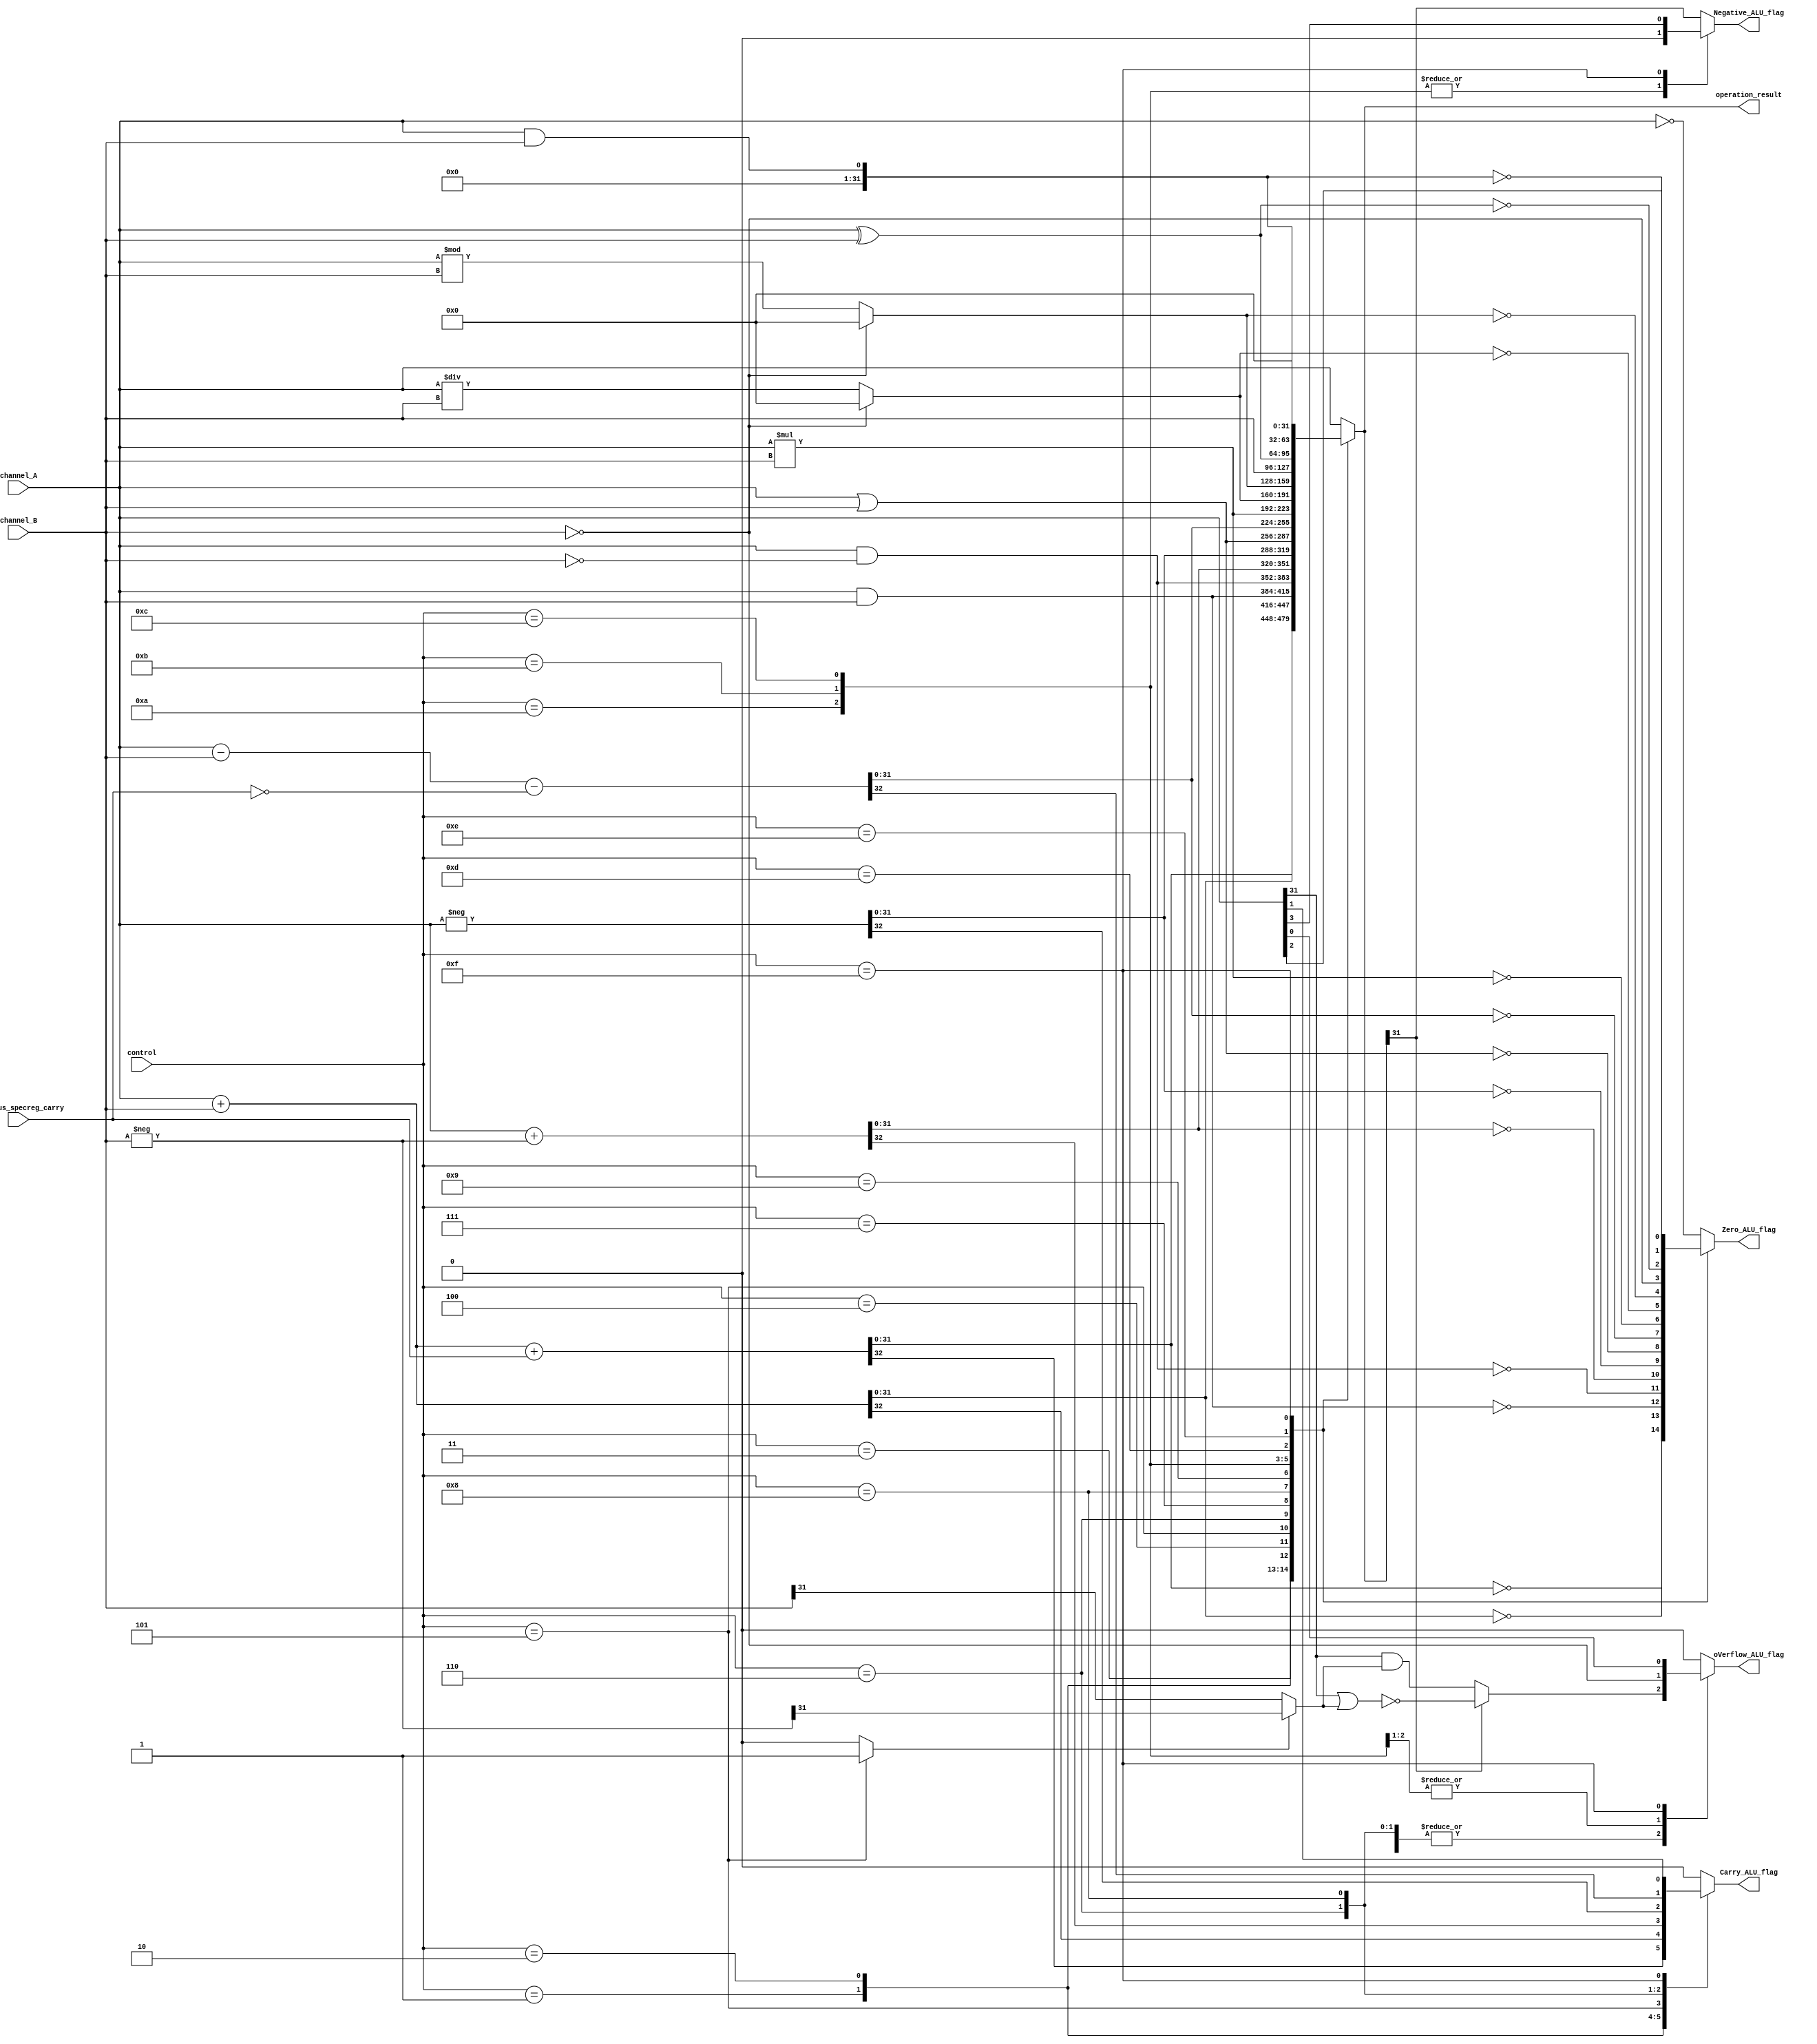
module ALU
#(
    parameter DATA_WIDTH = 32
)(
    input [DATA_WIDTH - 1:0] channel_A, channel_B,
    output reg [DATA_WIDTH - 1:0] operation_result,
    input [3:0] control,
    input previous_specreg_carry,
    output reg Negative_ALU_flag, Zero_ALU_flag, 
    output reg Carry_ALU_flag, oVerflow_ALU_flag
);
    // Declaration section
    wire [DATA_WIDTH - 1:0] channel_B_negative;
    wire most_significant_bit, local_overflow, channel_A_msb, channel_B_msb;
    reg use_negative_B;


    // OVERFLOW Flag calculation    
    assign most_significant_bit = operation_result[DATA_WIDTH - 1];
    assign channel_A_msb = channel_A[DATA_WIDTH -1];
    assign channel_B_negative = - channel_B;
    assign channel_B_msb = use_negative_B ? channel_B_negative[DATA_WIDTH - 1] :
                                            channel_B[DATA_WIDTH -1];
    assign local_overflow =   most_significant_bit ?    !(channel_A_msb || channel_B_msb) :
                                                        channel_A_msb && channel_B_msb;

    // ALU Implementation
    always @ ( * ) begin

        // Default values that might be overriden
        Negative_ALU_flag = 0;
        Carry_ALU_flag = 0;
        oVerflow_ALU_flag = 0;

        use_negative_B = 0;
        operation_result = 0;

        // Controlled operations
        case (control)
            1:  // ADD + previous_specreg_carry
            begin 
                {Carry_ALU_flag, operation_result} =  channel_A + channel_B + previous_specreg_carry;
                oVerflow_ALU_flag = local_overflow;
                Negative_ALU_flag =  most_significant_bit;
                Zero_ALU_flag = (operation_result == 0);
            end

            2:  // ADD
            begin 
                {Carry_ALU_flag, operation_result} =  channel_A + channel_B;
                oVerflow_ALU_flag = local_overflow;
                Negative_ALU_flag =  most_significant_bit;
                Zero_ALU_flag = (operation_result == 0);
            end

            3:  // AND
            begin 
                operation_result = channel_A & channel_B;
                Negative_ALU_flag =  most_significant_bit;
                Zero_ALU_flag = (operation_result == 0);
            end

            4:  // BIC
            begin 
                operation_result = channel_A & (~channel_B);
                Negative_ALU_flag =  most_significant_bit;
                Zero_ALU_flag = (operation_result == 0);
            end

            5:  // SUB or CMP
            begin 
                use_negative_B = 1;
                {Carry_ALU_flag, operation_result} =  channel_A + channel_B_negative;
                oVerflow_ALU_flag = local_overflow;
                Negative_ALU_flag =  most_significant_bit;
                Zero_ALU_flag = (operation_result == 0);
            end

            6:  // NEG
            begin
                {Carry_ALU_flag, operation_result} =  - channel_A;
                oVerflow_ALU_flag = local_overflow;
                Negative_ALU_flag =  most_significant_bit;
                Zero_ALU_flag = (operation_result == 0);
            end

            7:  // OR
            begin
                operation_result = channel_A | channel_B;
                Negative_ALU_flag =  most_significant_bit;
                Zero_ALU_flag = (operation_result == 0);
            end

            8:  // SBC
            begin
                {Carry_ALU_flag, operation_result} =  channel_A - channel_B - ~previous_specreg_carry;
                oVerflow_ALU_flag = local_overflow;
                Negative_ALU_flag =  most_significant_bit;
                Zero_ALU_flag = (operation_result == 0);
            end

            9:  // MULTIPLY
            begin
                operation_result = channel_A * channel_B;
                Negative_ALU_flag  =  most_significant_bit;
                Zero_ALU_flag = (operation_result == 0);
            end

            10: // DIV
            begin 
                oVerflow_ALU_flag = (channel_B == 0);
                operation_result = (oVerflow_ALU_flag) ? 0 : channel_A / channel_B;
                Zero_ALU_flag = (operation_result == 0);
            end

            11: // MOD
            begin
                oVerflow_ALU_flag  = (channel_B == 0);
                operation_result = (oVerflow_ALU_flag) ? 0 : channel_A % channel_B;
                Zero_ALU_flag = (operation_result == 0);
            end

            12: // BarrelShifter
            begin
                operation_result = channel_B;
                Zero_ALU_flag = (operation_result == 0);
            end
            13: // XOR
            begin
                operation_result = channel_A ^ channel_B;
                Negative_ALU_flag =  most_significant_bit;
                Zero_ALU_flag = (operation_result == 0);
            end
            14: // LOGICAL AND
            begin
                operation_result = channel_A && channel_B;
                Negative_ALU_flag =  most_significant_bit;
                Zero_ALU_flag = (operation_result == 0);
            end
            15: // Paste Special Register
            begin
                Negative_ALU_flag = channel_A[3];
                Zero_ALU_flag = channel_A[2];
                Carry_ALU_flag = channel_A[1];
                oVerflow_ALU_flag = channel_A[0];
            end

            default:    // channel_A is OUTPUT
            begin 
                operation_result = channel_A;
                Negative_ALU_flag = most_significant_bit;
                Zero_ALU_flag = (operation_result == 0);
            end
        endcase
    end

endmodule